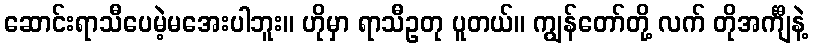
ဆောင်းရာသီပေမဲ့မအေးပါဘူး။ ဟိုမှာ ရာသီဥတု ပူတယ်။ ကျွန်တော်တို့ လက် တိုအင်္ကျီနဲ့